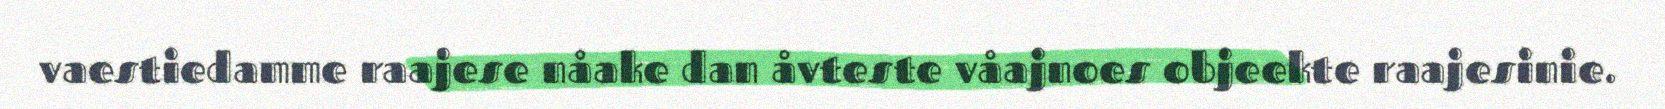
vaestiedamme raajese nåake dan åvteste våajnoes objeekte raajesinie.